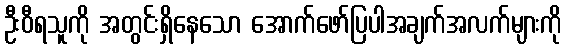
ဦးဝီရသူကို အတွင်းရှိနေသော အောက်ဖော်ပြပါအချက်အလက်များကို